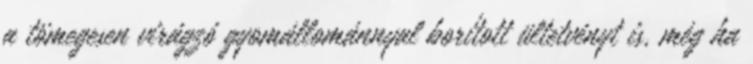
a tömegesen virágzó gyomállománnyal borított ültetvényt is, még ha